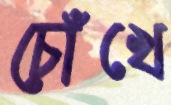
চোঁখে